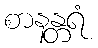
စာနန္တရံ